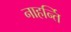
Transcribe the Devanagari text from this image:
नाहर्न्ति